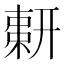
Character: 𢍫